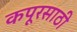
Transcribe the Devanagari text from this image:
कपूरसाठी